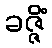
ခဇ္ဇိံ